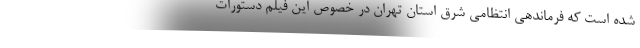
شده است که فرماندهی انتظامی شرق استان تهران در خصوص این فیلم دستورات